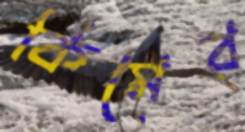
কিমের